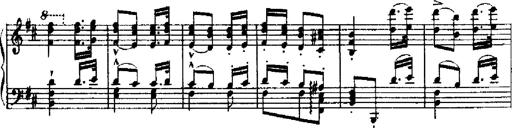
Title: RÃ©miniscences de Robert le diable
Composer: Franz Liszt